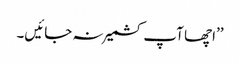
’’اچھا آپ کشمیر نہ جائیں۔